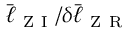
\bar { \ell } _ { \mathrm { ~ Z ~ I ~ } } / \delta \bar { \ell } _ { \mathrm { ~ Z ~ R ~ } }